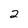
Character: 2